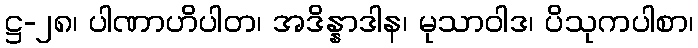
ဋ္ဌ-၂၈၊ ပါဏာဟိပါတ၊ အဒိန္နာဒါန၊ မုသာဝါဒ၊ ပိသုကပါစာ၊